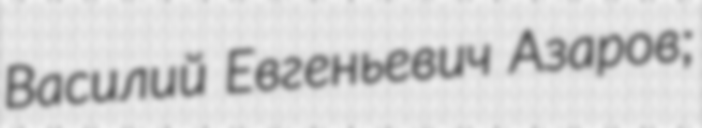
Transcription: Василий Евгеньевич Азаров;